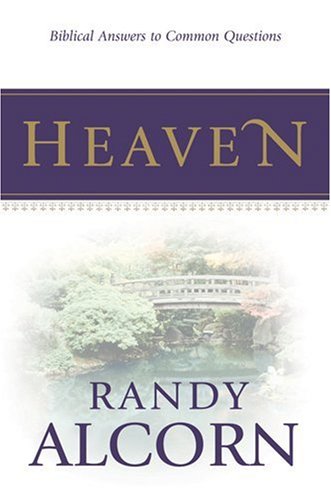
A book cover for Heaven: Biblical Answers to Common Questions; Randy Alcorn; Christian Books & Bibles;